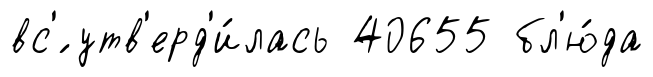
вс'́ утв'ерд'и́лась 40655 бл'ю́да